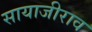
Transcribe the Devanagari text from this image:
सायाजीराव